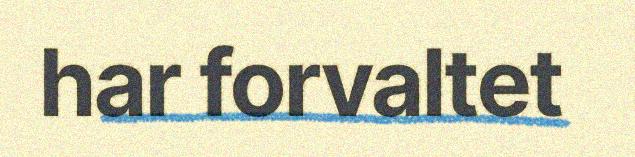
har forvaltet